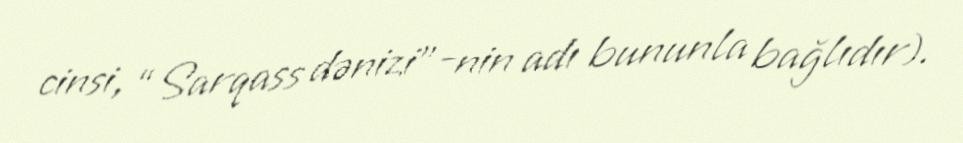
cinsi, “Sarqass dənizi”-nin adı bununla bağlıdır).